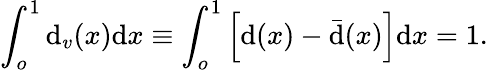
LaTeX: \int_{o}^{1}{\mathrm{d}_{v}(x)\mathrm{d}x}\equiv\int_{o}^{1}\left[\mathrm{d}(x)-\bar{{\mathrm{d}}}(x)\right]\mathrm{d}x=1.